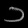
Digit: ၁